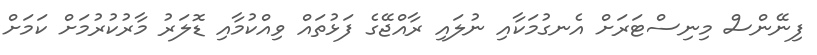
ފިނޭންސް މިނިސްޓަރަށް އެނގުމަކާއި ނުލައި ރާއްޖޭގެ ފަޅުތައް ވިއްކުމާއި ޑޮލަރު މާރުކުރުމަށް ކަމަށް